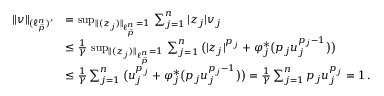
\begin{array} { r l } { \| v \| _ { ( \ell _ { \vec { p } } ^ { n } ) ^ { \prime } } } & { = \operatorname* { s u p } _ { \| ( z _ { j } ) \| _ { \ell _ { \vec { p } } ^ { n } } = 1 } \, \sum _ { j = 1 } ^ { n } | z _ { j } | v _ { j } } \\ & { \leq \frac { 1 } { \gamma } \, \operatorname* { s u p } _ { \| ( z _ { j } ) \| _ { \ell _ { \vec { p } } ^ { n } } = 1 } \, \sum _ { j = 1 } ^ { n } \big ( | z _ { j } | ^ { p _ { j } } + \varphi _ { j } ^ { * } \big ( p _ { j } u _ { j } ^ { p _ { j } - 1 } \big ) \big ) } \\ & { \leq \frac { 1 } { \gamma } \sum _ { j = 1 } ^ { n } \big ( u _ { j } ^ { p _ { j } } + \varphi _ { j } ^ { * } \big ( p _ { j } u _ { j } ^ { p _ { j } - 1 } \big ) \big ) = \frac { 1 } { \gamma } \sum _ { j = 1 } ^ { n } p _ { j } u _ { j } ^ { p _ { j } } = 1 \, . } \end{array}